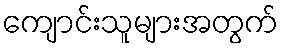
ကျောင်းသူများအတွက်